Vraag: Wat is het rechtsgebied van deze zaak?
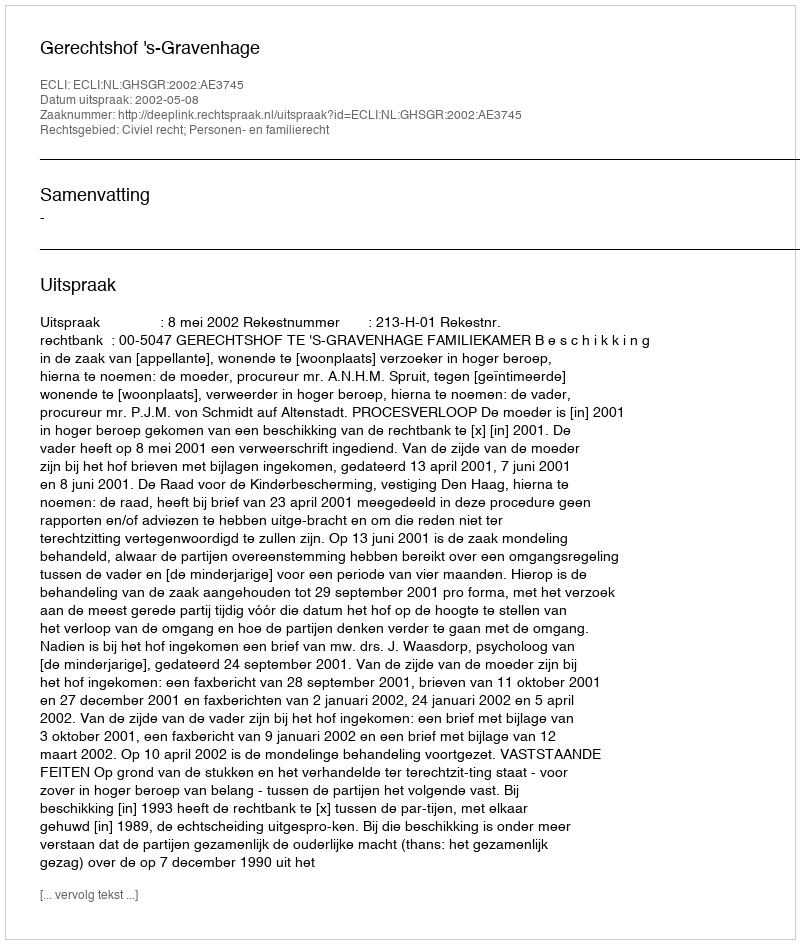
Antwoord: Civiel recht; Personen- en familierecht